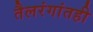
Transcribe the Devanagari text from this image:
तैलरंगांतही